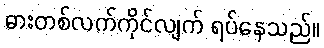
ဓားတစ်လက်ကိုင်လျက် ရပ်နေသည်။